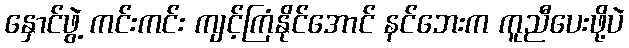
နှောင်ဖွဲ့ ကင်းကင်း ကျင့်ကြံနိုင်အောင် နင်ဘေးက ကူညီပေးဖို့ပဲ